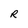
Character: R